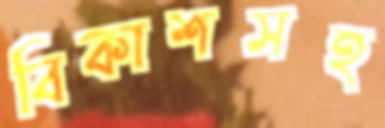
বিকাশসহ